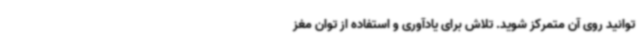
توانید روی آن متمرکز شوید. تلاش برای یادآوری و استفاده از توان مغز